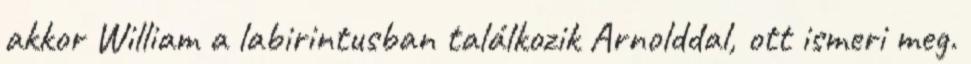
akkor William a labirintusban találkozik Arnolddal, ott ismeri meg.